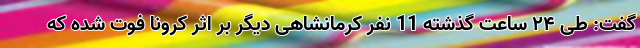
گفت: طی ۲۴ ساعت گذشته 11 نفر کرمانشاهی دیگر بر اثر کرونا فوت شده که